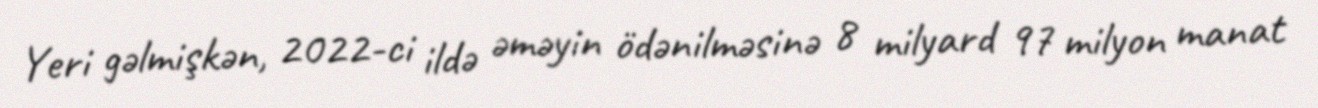
Yeri gəlmişkən, 2022-ci ildə əməyin ödənilməsinə 8 milyard 97 milyon manat